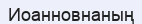
Иоанновнаның